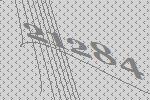
21284